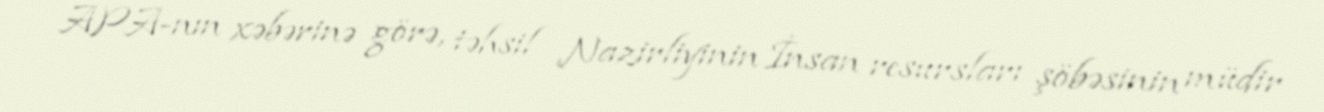
APA-nın xəbərinə görə, təhsil Nazirliyinin İnsan resursları şöbəsinin müdir